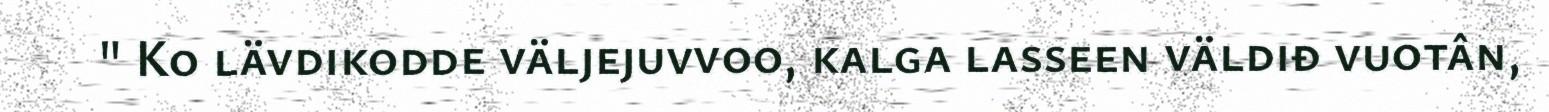
" Ko lävdikodde väljejuvvoo, kalga lasseen väldiđ vuotân,